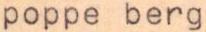
poppe berg